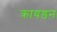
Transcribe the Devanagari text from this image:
क्रायडन